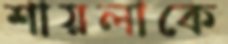
শায়লাকে